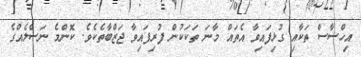
އިހްސާސް ތަކާއި ގުޅިފައިވާ އެތައް މާނަ ތަކަކުން ފުުރިފައިވާ ޖަޒްބާތެކެވެ. ކޮންމެ ނަސްލެއްގެ